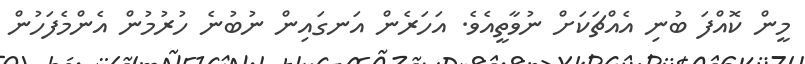
މީން ކޮއްފަ ބުނި އެއްޗަކަށް ނުވާތީއެވެ. އަހަރެން އަނގައިން ނުބުނެ ހުރުމުން އެންމެފަހުން